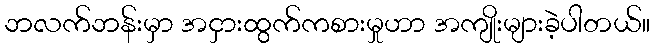
ဘလက်ဘန်းမှာ အငှားထွက်ကစားမှုဟာ အကျိုးများခဲ့ပါတယ်။